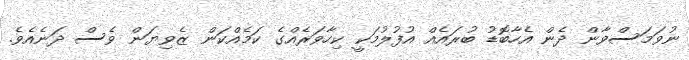
ނުވަމަސްވާން ދެން އެހާބޮޑު ބުރައެއް އުފުލުމަކީ ކިހާވަރެއްގެ ކަމެއްކަން ޒެވިޔަން ވެސް ދަނެއެވެ.